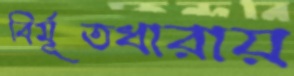
বির্মূতধারায়